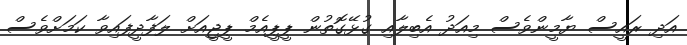
އަދި ރައީސް ޔާމީންވެސް މިއަދު އެބިލާއި ގުޅޭގޮތުން ޕީޕީއެމް ޕީޖީއަށް ލަފާދީފައިވާ ކަމަށްވެސް